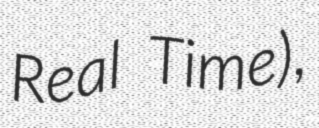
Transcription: Real Time),